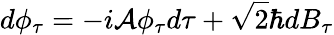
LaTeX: d\phi_{\tau}=-i{\cal A}\phi_{\tau}d\tau+\sqrt{2}\hbar dB_{\tau}